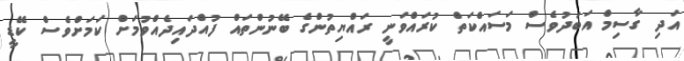
އަދި ގާސިމް އަބަދުވެސް މަސައްކަތް ކުރައްވަނީ ރައްޔިތުންގެ ބޭނުންތައް ފުއްދައިދެއްވުމަށް ކަމަށްވެސް ކޭޑީ